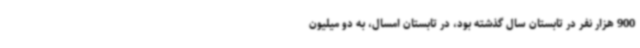
900 هزار نفر در تابستان سال گذشته بود، در تابستان امسال، به دو میلیون